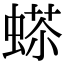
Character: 𧍠